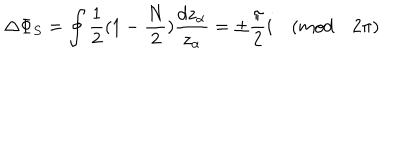
LaTeX: \Delta \Phi _ { S } = \oint \frac { 1 } { 2 } ( 1 - \frac { N } { 2 } ) \frac { d z _ { \alpha } } { z _ { \alpha } } = \pm \frac { \pi } { 2 } i \quad ( m o d \quad 2 \pi )